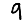
Digit: 9